Civil Veterinary Dept. Bombay admin report 1907-1913 - 1907-1913
Year: 1907
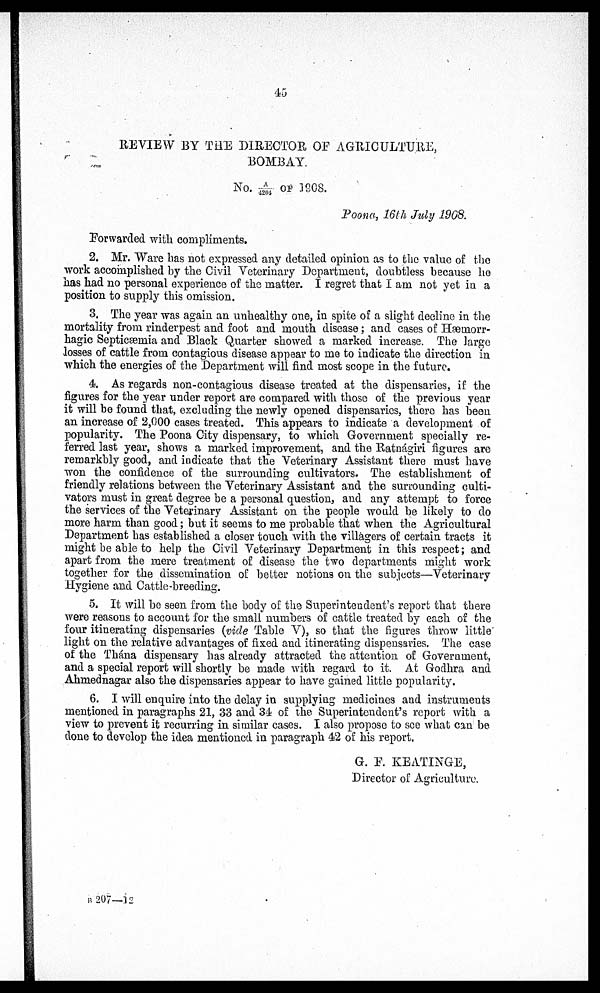
45
REVIEW BY THE DIRECTOR OF AGRICULTURE,
BOMBAY.
No. A/4204 OF 1908.
Poona, 16th July 1908.
Forwarded with compliments.
2. Mr. Ware has not expressed any detailed opinion as to the value of the
work accomplished by the Civil Veterinary Department, doubtless because ho
has had no personal experience of the matter. I regret that I am not yet in a
position to supply this omission.
3. The year was again an unhealthy one, in spite of a slight decline in the
mortality from rinderpest and foot and mouth disease; and cases of Hæmorr-
hagic Septicæmia and Black Quarter showed a marked increase. The large
losses of cattle from contagious disease appear to me to indicate the direction in
which the energies of the Department will find most scope in the future.
4. As regards non-contagious disease treated at the dispensaries, if the
figures for the year under report are compared with those of the previous year
it will be found that, excluding the newly opened dispensaries, there has been
an increase of 2,000 cases treated. This appears to indicate a development of
popularity. The Poona City dispensary, to which Government specially re-
ferred last year, shows a marked improvement, and the Ratnágiri figures are
remarkbly good, and indicate that the Veterinary Assistant there must have
won the confidence of the surrounding cultivators. The establishment of
friendly relations between the Veterinary Assistant and the surrounding culti-
vators must in great degree be a personal question, and any attempt to force
the services of the Veterinary Assistant on the people would be likely to do
more harm than good; but it seems to me probable that when the Agricultural
Department has established a closer touch with the villagers of certain tracts it
might be able to help the Civil Veterinary Department in this respect; and
apart from the mere treatment of disease the two departments might work
together for the dissemination of better notions on the subjects—Veterinary
Hygiene and Cattle-breeding.
5. It will bo seen from the body of the Superintendent's report that there
were reasons to account for the small numbers of cattle treated by each of the
four itinerating dispensaries (vide Table V), so that the figures throw little
light on the relative advantages of fixed and itinerating dispensaries. The case
of the Thána dispensary has already attracted the attention of Government,
and a special report will shortly be made with regard to it. At Godhra and
Ahmednagar also the dispensaries appear to have gained little popularity.
6. I will enquire into the delay in supplying medicines and instruments
mentioned in paragraphs 21, 33 and 34 of the Superintendent's report with a
view to prevent it recurring in similar cases. I also propose to see what can be
done to develop the idea mentioned in paragraph 42 of his report.
G. E. KEATINGE,
Director of Agriculture.
B 207—12